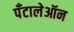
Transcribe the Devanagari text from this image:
पँटालेऑन